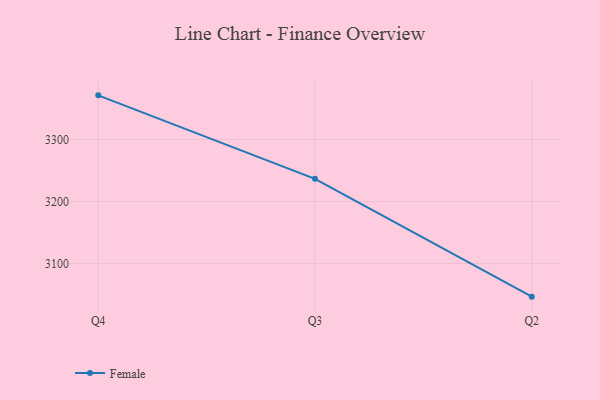
{"axis": {"x": "Quarter", "y": "Website Visitors"}, "legend": ["Female"], "data": [{"x": "Q4", "y": 3371.1, "type": "Female"}, {"x": "Q3", "y": 3236.5, "type": "Female"}, {"x": "Q2", "y": 3046.6, "type": "Female"}]}